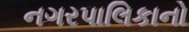
નગરપાલિકાનો